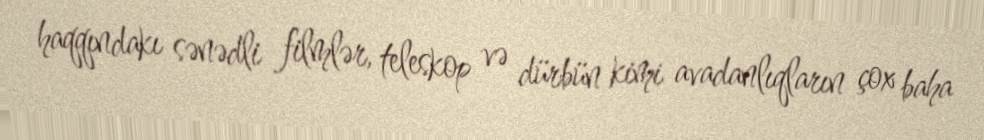
haqqındakı sənədli filmlər, teleskop və dürbün kimi avadanlıqların çox baha